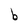
Character: b